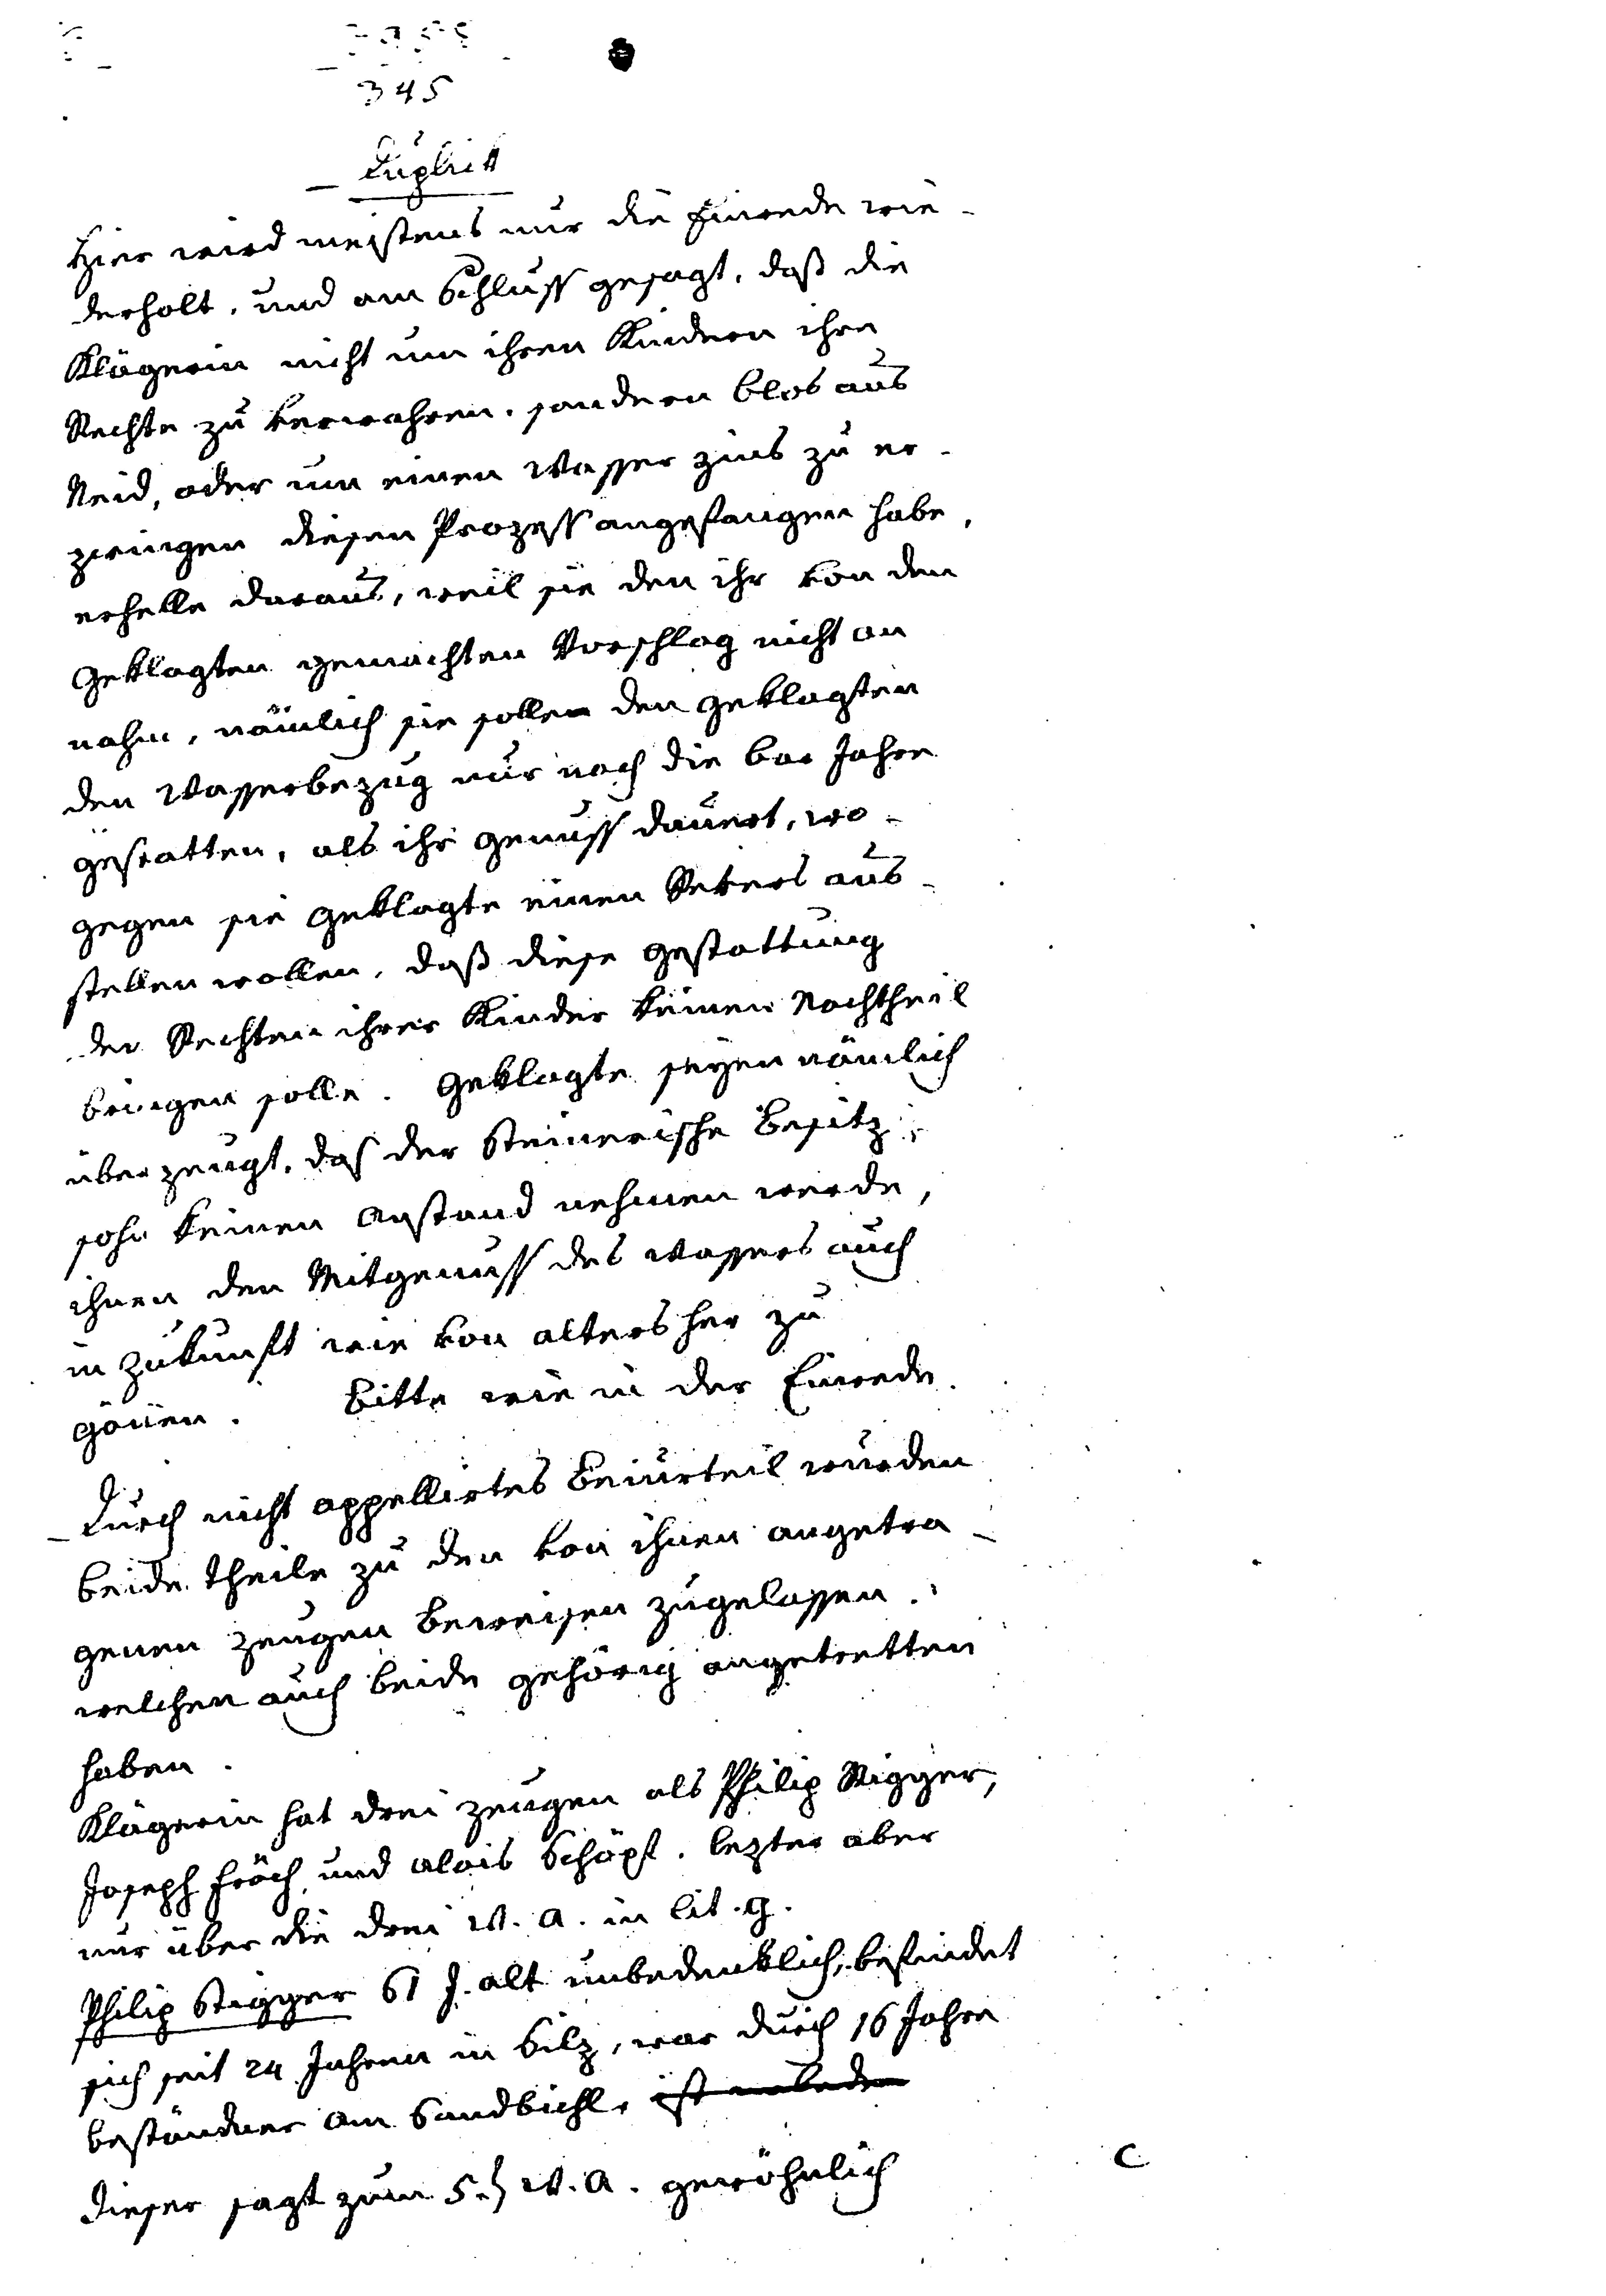
3958
345
Duplick
Hier wird meistens nur die Einrede wie¬
derholt, und am Schluss gesagt, daß die
Klägerin nicht um ihren Kindern ihre
Rechte zu verwahren, sondern blos aus
Neid, oder um einen Wasser Zins zu er¬
zwingen diesen Prozess angefangen habe,
erhelle daraus, weil sie den ihr von den
Geklagten gemachten Vorschlag nicht an¬
nahm, nähmlich sie sollen den Geklagten
den Wasserbezug nur noch die bar Jahre
gestatten, als ihr Genuss dauert, wo¬
gegen sie Geklagte einen Revers aus¬
stellen wollen, daß diese Gestattung
den Rechten ihrer Kinder keinen Nachtheil
bringen solle. Geklagte seyen nämlich
überzeugt, daß der Steinerische Besitz¬
sohn keinen Anstand nehmen werde,
ihnen den Mitgenuss des Wassers auch
in Zukunft wie von alters her zu
gönnen. Bitte wie in der Einrede.
Durch nicht appellirtes Beiurteil wurden
beide Theile zu den von ihren angetra¬
genen Zeugen Beweisen zugelassen,
welchen auch beide gehörig angetreten
haben.
Klägerin hat drei Zeugen als Philip Stigger,
Joseph Fröch und Alois Schöpf. lezter aber
nur über die drei w. a. in lit. g.
Philip Stigger 61 J. alt unbedenklich, befindet
sich seit 24 Jahren in Silz, war durch 16 Jahren
beständner am Sandbichl, ist xxx
Dieser sagt zum 5. t w. a. gewöhnlich
C.